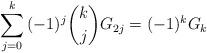
LaTeX: \begin{align*}\sum_{j = 0}^k {( - 1)^j \binom kjG_{2j} } = ( - 1)^k G_k\end{align*}